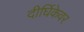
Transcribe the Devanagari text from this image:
दीर्घिकेवर